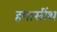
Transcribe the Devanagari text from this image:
हयासींथ